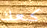
كعك